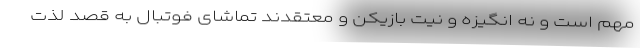
مهم است و نه انگیزه و نیت بازیکن و معتقدند تماشای فوتبال به قصد لذت